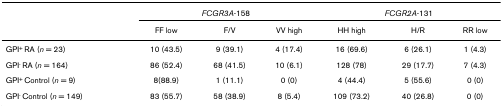
<table><thead><tr><td></td><td colspan="3"><b><i>FCGR3A</i>-158</b></td><td colspan="3"><b><i>FCGR2A</i>-131</b></td></tr><tr><td></td><td><b>FF low</b></td><td><b>F/V</b></td><td><b>VV high</b></td><td><b>HH high</b></td><td><b>H/R</b></td><td><b>RR low</b></td></tr></thead><tbody><tr><td>GPI<sup>+ </sup>RA (<i>n </i>= 23)</td><td>10 (43.5)</td><td>9 (39.1)</td><td>4 (17.4)</td><td>16 (69.6)</td><td>6 (26.1)</td><td>1 (4.3)</td></tr><tr><td>GPI<sup>- </sup>RA (<i>n </i>= 164)</td><td>86 (52.4)</td><td>68 (41.5)</td><td>10 (6.1)</td><td>128 (78)</td><td>29 (17.7)</td><td>7 (4.3)</td></tr><tr><td>GPI<sup>+ </sup>Control (<i>n </i>= 9)</td><td>8(88.9)</td><td>1 (11.1)</td><td>0 (0)</td><td>4 (44.4)</td><td>5 (55.6)</td><td>0 (0)</td></tr><tr><td>GPI<sup>- </sup>Control (<i>n </i>= 149)</td><td>83 (55.7)</td><td>58 (38.9)</td><td>8 (5.4)</td><td>109 (73.2)</td><td>40 (26.8)</td><td>0 (0)</td></tr></tbody></table>